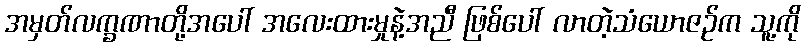
အမှတ်လက္ခဏာတို့အပေါ် အလေးထားမှုနဲ့အညီ ဖြစ်ပေါ် လာတဲ့သံယောဇဉ်က သူ့ကို